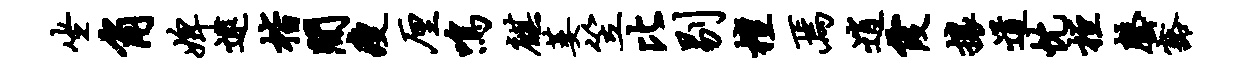
坐角婢逮楷间瘦厘鸣麒萎笠比剔檀焉逍霞攘道忱桓罄豁